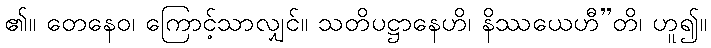
၏။ တေနေဝ၊ ကြောင့်သာလျှင်။ သတိပဋ္ဌာနေဟိ၊ နိဿယေဟီ”တိ၊ ဟူ၍။